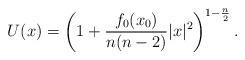
LaTeX: \begin{align*}U(x)=\left(1+\frac{f_0(x_0)}{n(n-2)}\vert x\vert^2\right)^{1-\frac{n}{2}}.\end{align*}